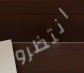
انتظرو